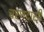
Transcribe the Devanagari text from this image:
चरणदासी